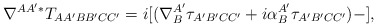
\begin{align*}\nabla ^{AA^{\prime }\ast }T_{AA^{\prime }BB^{\prime }CC^{\prime}}=i[(\nabla _{B}^{A^{\prime }}\tau _{A^{\prime }B^{\prime }CC^{\prime}}+i\alpha _{B}^{A^{\prime }}\tau _{A^{\prime }B^{\prime }CC^{\prime }})-], \end{align*}